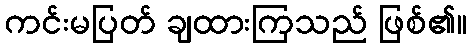
ကင်းမပြတ် ချထားကြသည် ဖြစ်၏။